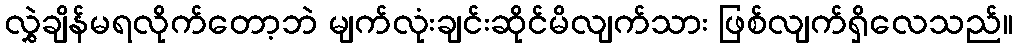
လွှဲချိန်မရလိုက်တော့ဘဲ မျက်လုံးချင်းဆိုင်မိလျက်သား ဖြစ်လျက်ရှိလေသည်။